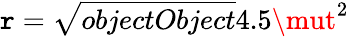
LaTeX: \mathtt{r}={\sqrt{{{objectObject}}}{{4.5\mut^{2}}}}